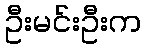
ဦးမင်းဦးက